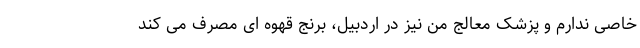
خاصی ندارم و پزشک معالج من نیز در اردبیل، برنج قهوه ای مصرف می کند